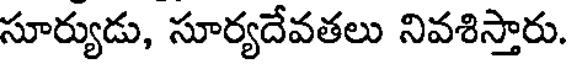
సూర్యుడు, సూర్యదేవతలు నివశిస్తారు.